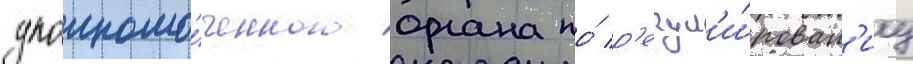
уполномо́ченного органа по́ р'егул'и́рован'иу